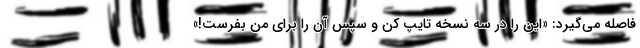
فاصله می‌گیرد: «این را در سه نسخه تایپ کن و سپس آن را برای من بفرست!»